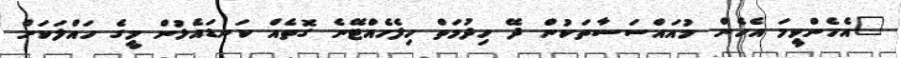
"އެހެންވީމަ އެހެން މުއައްސަސާތަކުން ދޭ ހިދުމަތް ހިފެހެއްޓޭނެ ގޮތެއް ކަނޑައެޅުން މީގެ ހައްލަކަށް